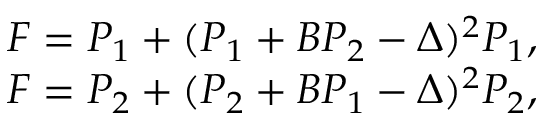
\begin{array} { r } { F = P _ { 1 } + ( P _ { 1 } + B P _ { 2 } - \Delta ) ^ { 2 } P _ { 1 } , } \\ { F = P _ { 2 } + ( P _ { 2 } + B P _ { 1 } - \Delta ) ^ { 2 } P _ { 2 } , } \end{array}